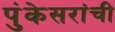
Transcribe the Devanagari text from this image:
पुंकेसरांची